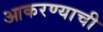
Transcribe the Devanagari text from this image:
आकरण्याची